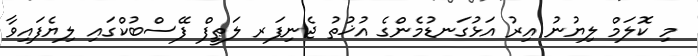
މި ކޮލަމް ލިޔުނު އިރު އަޅުގަނޑުމެންގެ އުޚުތު ޖެނިފަރ ލަޠީފް ފޭސްބުކްގައި ލިޔެފައިވާ